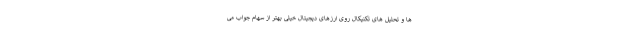
ها و تحلیل های تکنیکال روی ارزهای دیجیتال خیلی بهتر از سهام جواب می